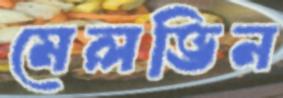
মেলভিন